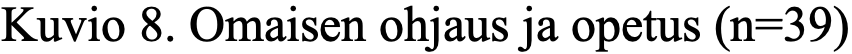
Kuvio 8. Omaisen ohjaus ja opetus (n=39)